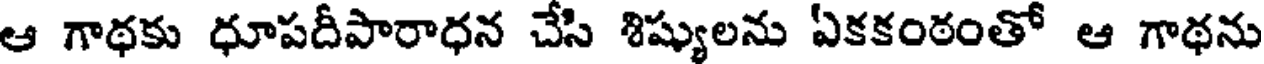
ఆ గాథకు ధూపదీపారాధన చేసి శిష్యులను ఏకకంఠంతో ఆ గాథను